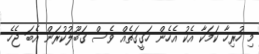
މި ހުރިހާ ކަމަކާ އެކު އެހެން ހަގީގަތެއް ވެސް ގަބޫލުކުރަން އެބަ ޖެހެ